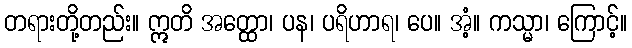
တရားတို့တည်း။ ဣတိ အတ္ထော၊ ပန၊ ပရိဟာရ၊ ပေ။ အံ့။ ကသ္မာ၊ ကြောင့်။